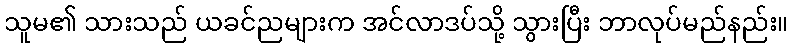
သူမ၏ သားသည် ယခင်ညများက အင်လာဒပ်သို့ သွားပြီး ဘာလုပ်မည်နည်း။